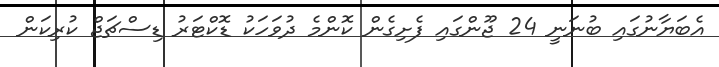
އެބަޔާނުގައި ބުނަނީ 24 ޖޫންގައި ފެށިގެން ކޮންމެ ދުވަހަކު ޑޮކްޓަރު ޑިސްޗަޖް ކުރިކަން